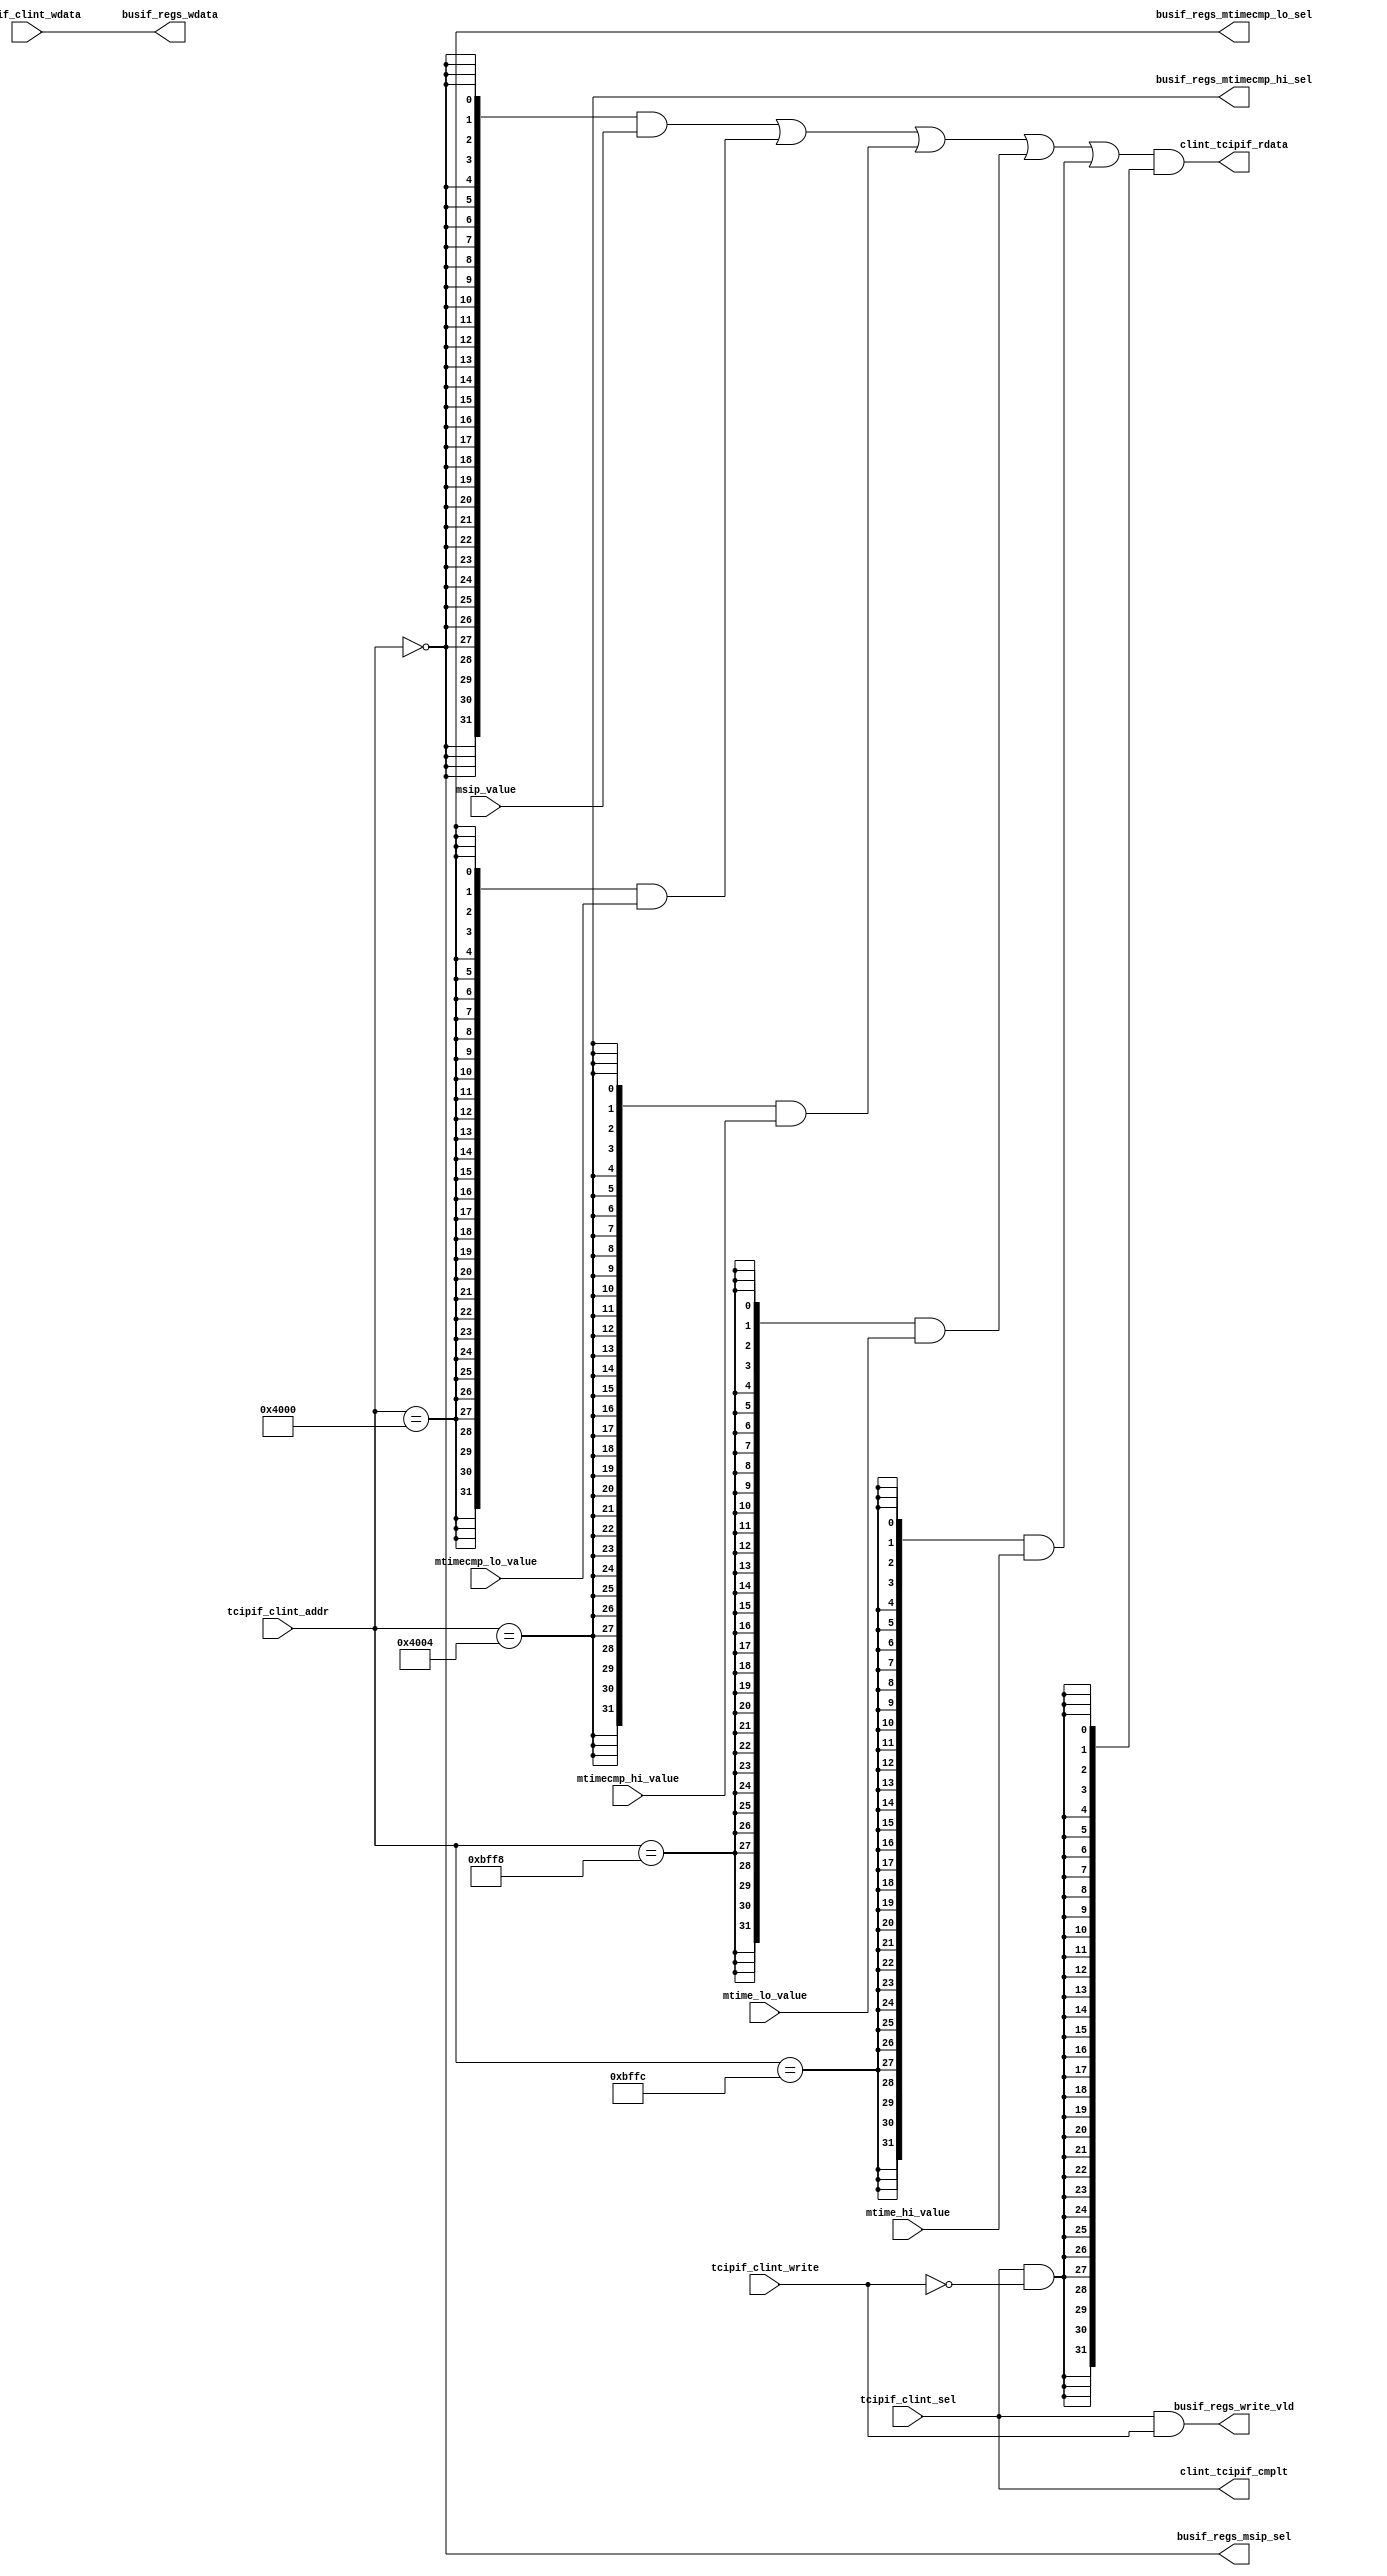
/*Copyright 2020-2021 T-Head Semiconductor Co., Ltd.

Licensed under the Apache License, Version 2.0 (the "License");
you may not use this file except in compliance with the License.
You may obtain a copy of the License at

    http://www.apache.org/licenses/LICENSE-2.0

Unless required by applicable law or agreed to in writing, software
distributed under the License is distributed on an "AS IS" BASIS,
WITHOUT WARRANTIES OR CONDITIONS OF ANY KIND, either express or implied.
See the License for the specific language governing permissions and
limitations under the License.
*/
module pa_clint_busif(
  busif_regs_msip_sel,
  busif_regs_mtimecmp_hi_sel,
  busif_regs_mtimecmp_lo_sel,
  busif_regs_wdata,
  busif_regs_write_vld,
  clint_tcipif_cmplt,
  clint_tcipif_rdata,
  msip_value,
  mtime_hi_value,
  mtime_lo_value,
  mtimecmp_hi_value,
  mtimecmp_lo_value,
  tcipif_clint_addr,
  tcipif_clint_sel,
  tcipif_clint_wdata,
  tcipif_clint_write
);

// &Ports; @23
input   [31:0]  msip_value;                
input   [31:0]  mtime_hi_value;            
input   [31:0]  mtime_lo_value;            
input   [31:0]  mtimecmp_hi_value;         
input   [31:0]  mtimecmp_lo_value;         
input   [15:0]  tcipif_clint_addr;         
input           tcipif_clint_sel;          
input   [31:0]  tcipif_clint_wdata;        
input           tcipif_clint_write;        
output          busif_regs_msip_sel;       
output          busif_regs_mtimecmp_hi_sel; 
output          busif_regs_mtimecmp_lo_sel; 
output  [31:0]  busif_regs_wdata;          
output          busif_regs_write_vld;      
output          clint_tcipif_cmplt;        
output  [31:0]  clint_tcipif_rdata;        

// &Regs; @24

// &Wires; @25
wire            busif_read_vld;            
wire            busif_regs_msip_sel;       
wire            busif_regs_mtimecmp_hi_sel; 
wire            busif_regs_mtimecmp_lo_sel; 
wire    [31:0]  busif_regs_wdata;          
wire            busif_regs_write_vld;      
wire            clint_tcipif_cmplt;        
wire    [31:0]  clint_tcipif_rdata;        
wire            msip_sel;                  
wire    [31:0]  msip_value;                
wire            mtime_hi_sel;              
wire    [31:0]  mtime_hi_value;            
wire            mtime_lo_sel;              
wire    [31:0]  mtime_lo_value;            
wire            mtimecmp_hi_sel;           
wire    [31:0]  mtimecmp_hi_value;         
wire            mtimecmp_lo_sel;           
wire    [31:0]  mtimecmp_lo_value;         
wire    [15:0]  tcipif_clint_addr;         
wire            tcipif_clint_sel;          
wire    [31:0]  tcipif_clint_wdata;        
wire            tcipif_clint_write;        


parameter MSIP       = 16'h0000;

parameter MTIMECMPLO = 16'h4000;
parameter MTIMECMPHI = 16'h4004;

parameter MTIMELO    = 16'hbff8;
parameter MTIMEHI    = 16'hbffc;

assign msip_sel        = tcipif_clint_addr[15:0] == MSIP;
assign mtimecmp_lo_sel = tcipif_clint_addr[15:0] == MTIMECMPLO;
assign mtimecmp_hi_sel = tcipif_clint_addr[15:0] == MTIMECMPHI;
assign mtime_lo_sel    = tcipif_clint_addr[15:0] == MTIMELO;
assign mtime_hi_sel    = tcipif_clint_addr[15:0] == MTIMEHI;

assign busif_regs_msip_sel        = msip_sel;
assign busif_regs_mtimecmp_lo_sel = mtimecmp_lo_sel;
assign busif_regs_mtimecmp_hi_sel = mtimecmp_hi_sel;

assign clint_tcipif_cmplt = tcipif_clint_sel;

assign busif_regs_write_vld = tcipif_clint_sel && tcipif_clint_write;
assign busif_read_vld     = tcipif_clint_sel && !tcipif_clint_write;

assign clint_tcipif_rdata[31:0] = ({32{msip_sel}}        & msip_value[31:0]
                                 | {32{mtimecmp_lo_sel}} & mtimecmp_lo_value[31:0]
                                 | {32{mtimecmp_hi_sel}} & mtimecmp_hi_value[31:0]
                                 | {32{mtime_lo_sel}}    & mtime_lo_value[31:0]
                                 | {32{mtime_hi_sel}}    & mtime_hi_value[31:0])
                                 & {32{busif_read_vld}};

assign busif_regs_wdata[31:0] = tcipif_clint_wdata[31:0];

// &ModuleEnd; @59
endmodule